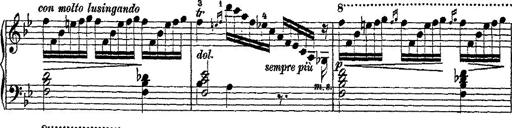
Title: Fantaisie romantique sur deux mÃ©lodies suisses
Composer: Franz Liszt